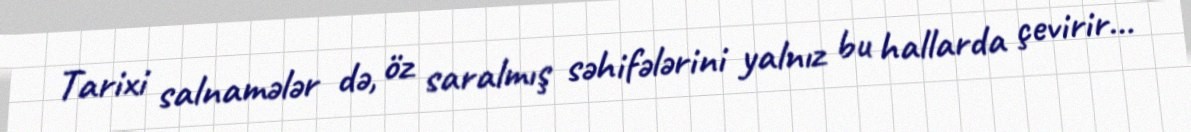
Tarixi salnamələr də, öz saralmış səhifələrini yalnız bu hallarda çevirir...